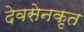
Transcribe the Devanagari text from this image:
देवसेनकृत